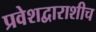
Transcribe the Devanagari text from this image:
प्रवेशद्वाराशीच